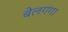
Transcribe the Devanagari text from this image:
बेलगंगा